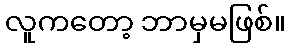
လူကတော့ ဘာမှမဖြစ်။